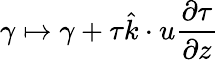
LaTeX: \gamma\mapsto\gamma+\tau\hat{k}\cdot u\frac{\partial\tau}{\partial z}